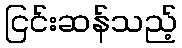
ငြင်းဆန်သည့်